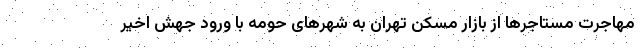
مهاجرت مستاجرها از بازار مسکن تهران به شهرهای حومه با ورود جهش اخیر